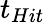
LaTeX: t_{Hit}